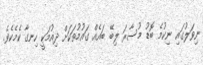
ނިވަލުގައި ނިކުމެ ބޮޑު މުސާރަ ލިބޭ ބައެއް ގައުމުތަކަށް ދިއުމަކީ ހިނގާ ކެމެކެވެ.